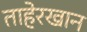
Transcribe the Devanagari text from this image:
ताहेरखान